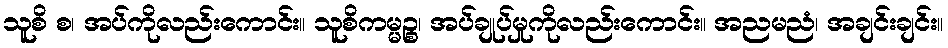
သူစိ စ၊ အပ်ကိုလည်းကောင်း။ သူစိကမ္မဉ္စ၊ အပ်ချုပ်မှုကိုလည်းကောင်း။ အညမညံ၊ အချင်းချင်း။